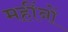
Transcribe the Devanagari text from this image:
महींनों